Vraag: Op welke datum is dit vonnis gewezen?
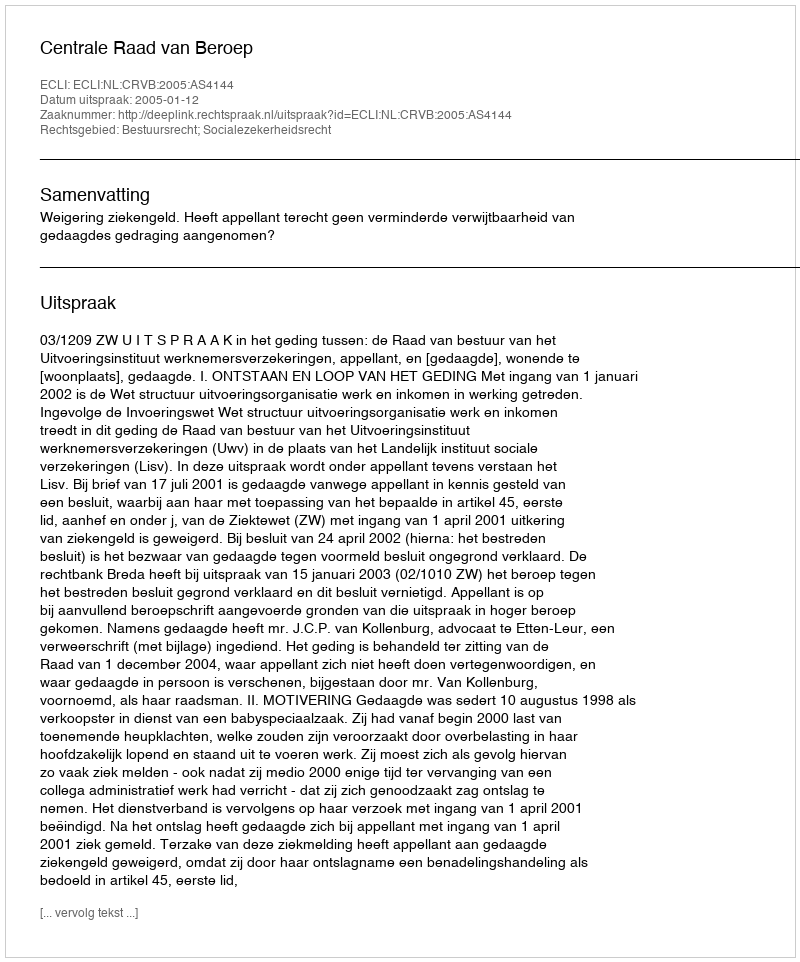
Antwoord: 2005-01-12